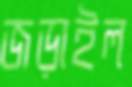
জড়াইল